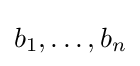
b_{1},\dots ,b_{n}